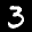
Label: 3